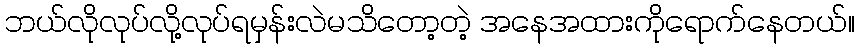
ဘယ်လိုလုပ်လို့လုပ်ရမှန်းလဲမသိတော့တဲ့ အနေအထားကိုရောက်နေတယ်။